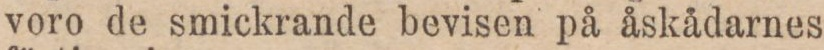
voro de smickrande bevisen på åskådarnes